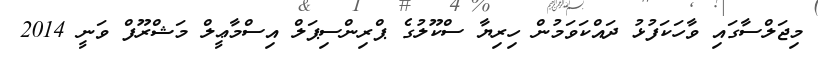
މިޖަލްސާގައި ވާހަކަފުޅު ދައްކަވަމުން ހިރިޔާ ސްކޫލުގެ ޕްރިންސިޕަލް އިސްމާޢީލް މަޝްރޫފް ވަނީ 2014